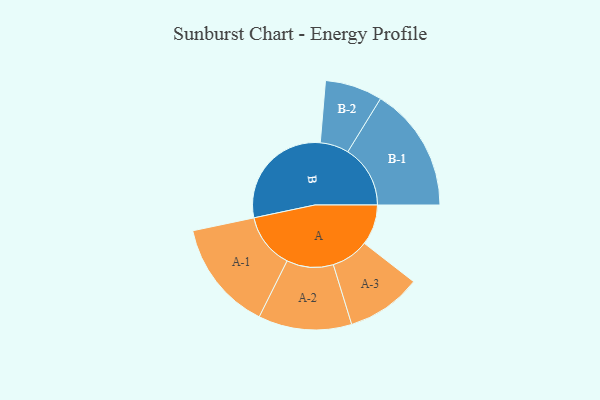
{"axis": {"x": "Segment", "y": "Value"}, "legend": ["", "A", "B"], "data": [{"x": "A", "y": 151, "type": ""}, {"x": "B", "y": 426, "type": ""}, {"x": "A-1", "y": 206, "type": "A"}, {"x": "A-2", "y": 174, "type": "A"}, {"x": "A-3", "y": 140, "type": "A"}, {"x": "B-1", "y": 233, "type": "B"}, {"x": "B-2", "y": 107, "type": "B"}]}